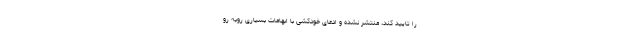
را تایید کند، منتشر نشده و ادعای خودکشی با ابهامات بسیاری روبه رو